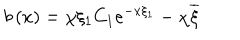
b \left( x \right) = \chi \xi _ { 1 } C _ { 1 } e ^ { - x \xi _ { 1 } } - \chi \overline { { { \xi } } }